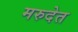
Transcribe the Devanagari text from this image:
मरुदेत